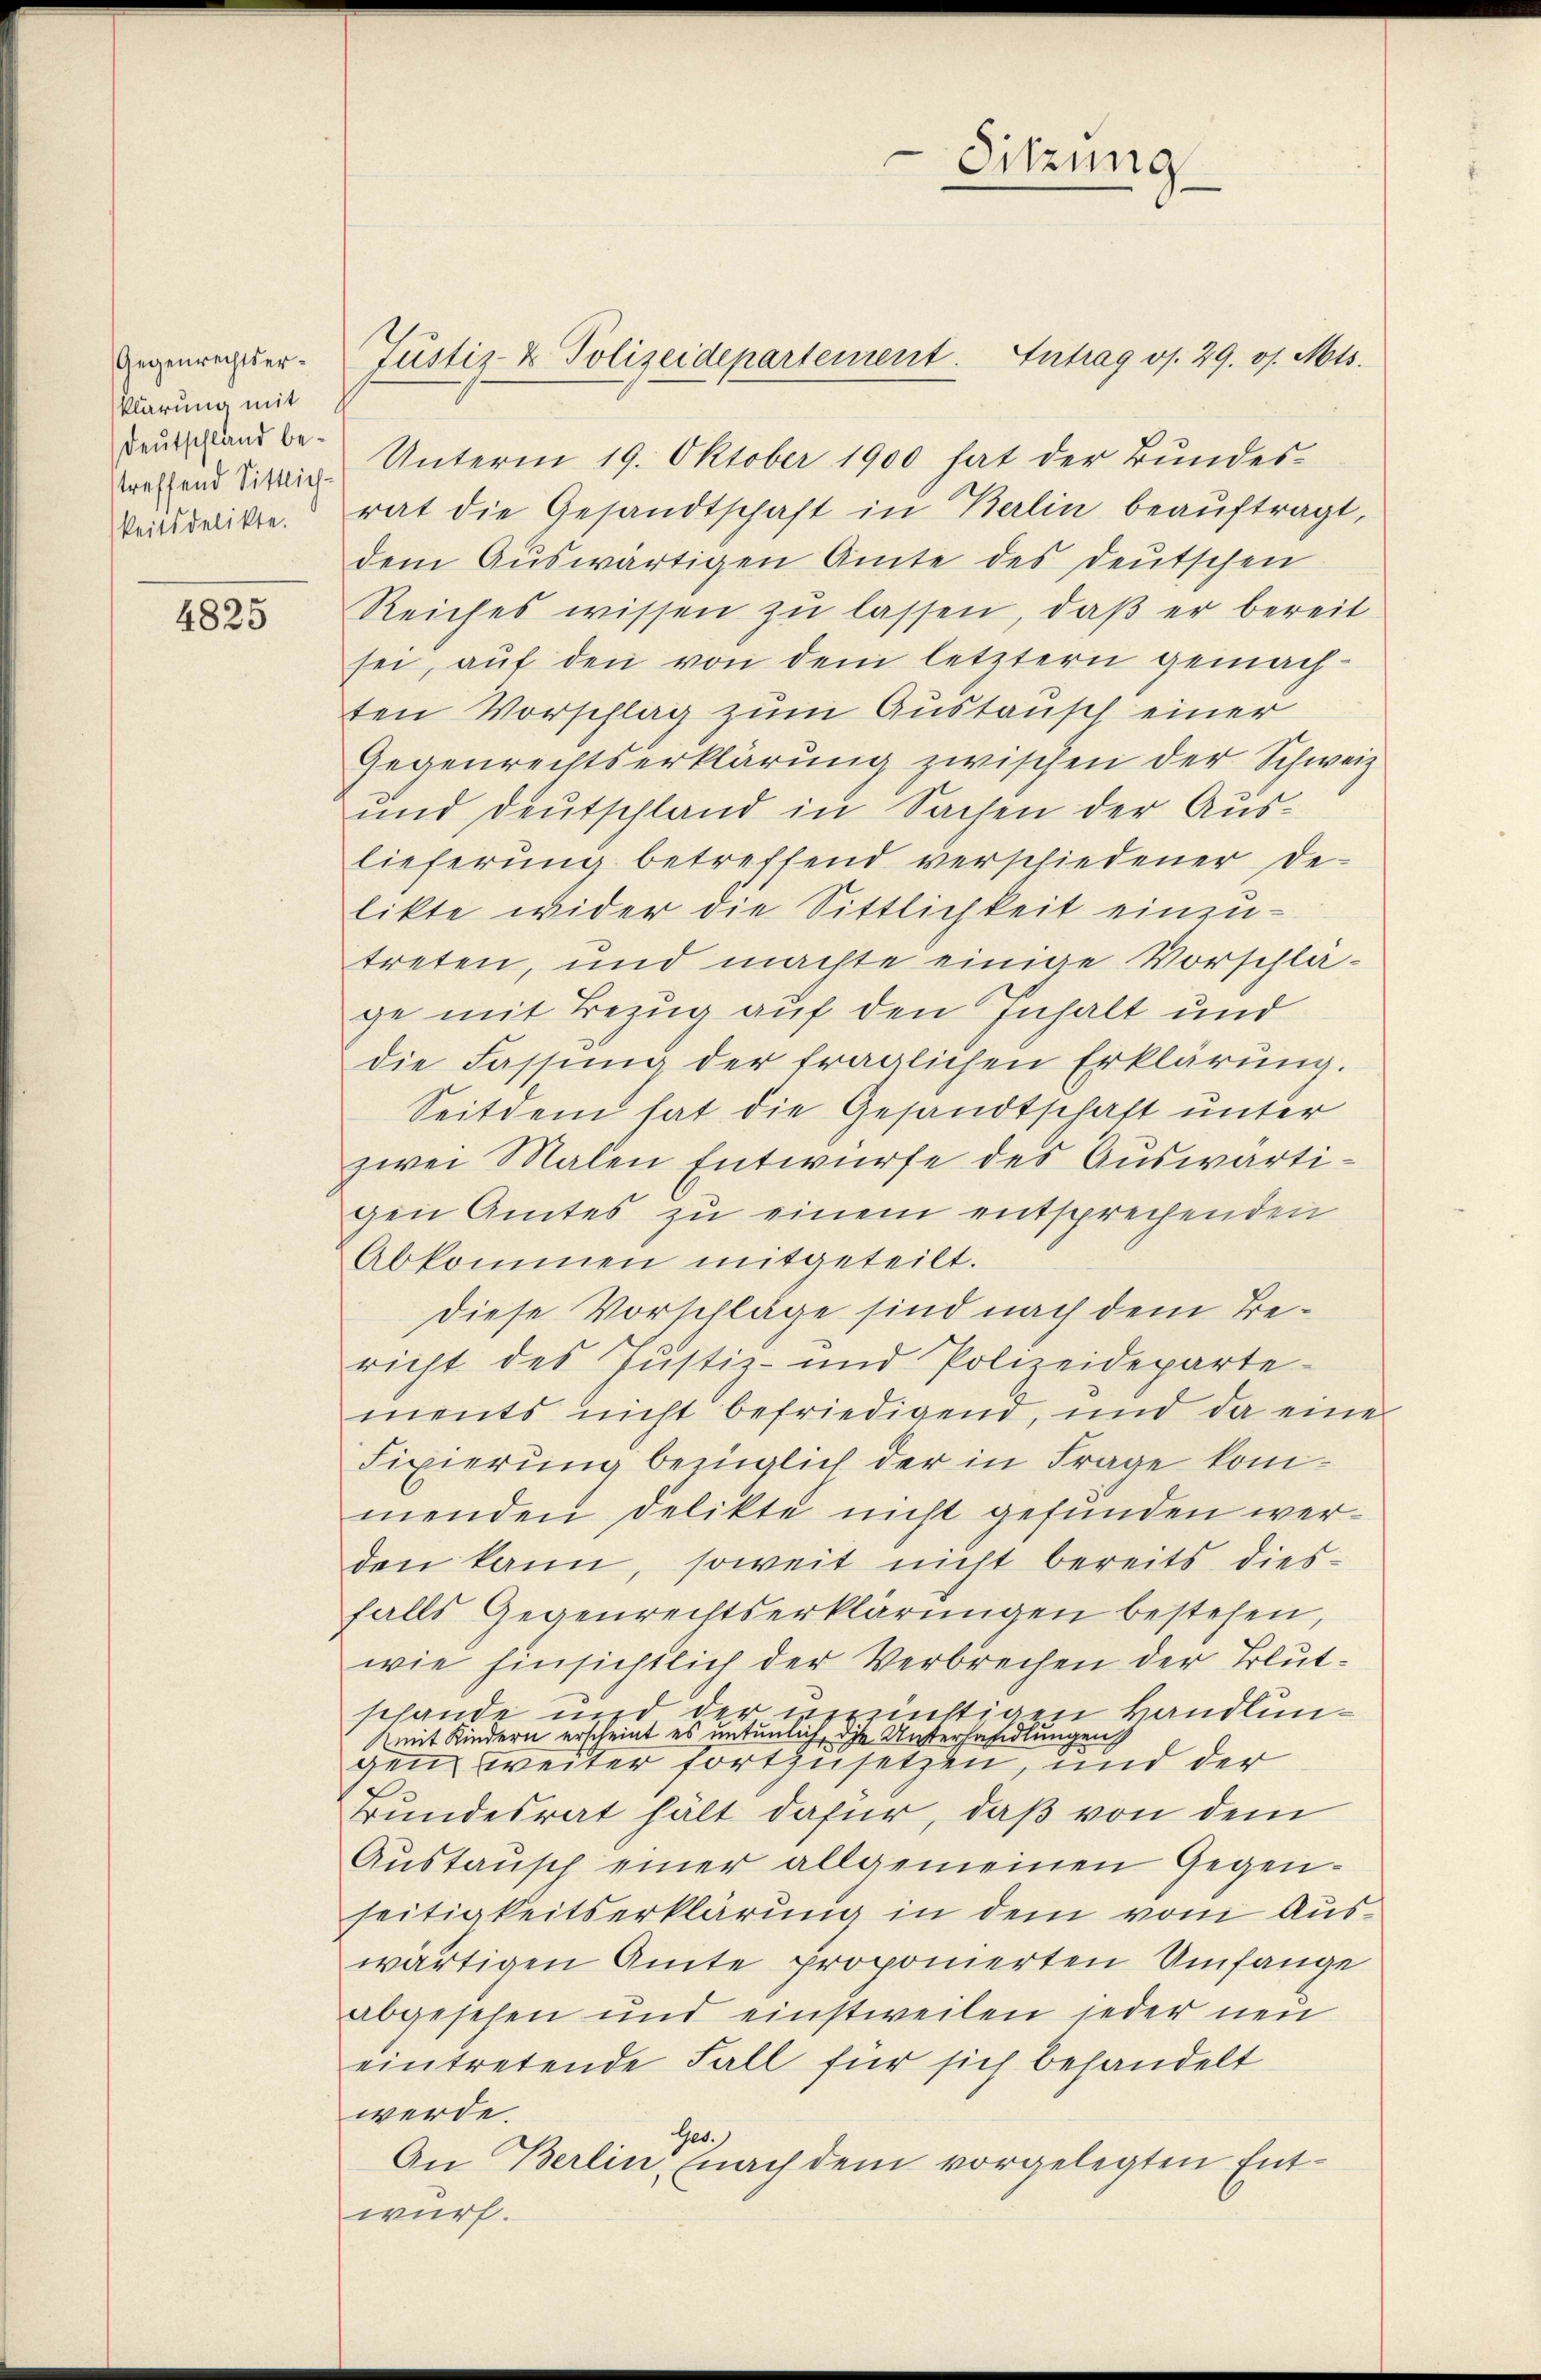
klärung mit
Deutschland bestreffend Sittlich-

4825

Unterm 19. Oktober 1900 hat der Bundes¬
Veindekte rat die Gesandtschaft in Berlin beauftragt,
dem Auswärtigen Amte des Deutschen
Reiches wissen zŭ lassen, daß er bereit
sei, auf den von dem letztern gemachten Vorschlag zum Austausch einer
Gegenrechtserklärung zwischen der Schweiz
und Deutschland in Sachen der Auslieferung betreffend verschiedener De-
likte wider die Sittlichkeit einzutreten, und machte einige Vorschlage mit Bezug auf den Inhalt und
die Fassŭng der fraglichen Erklärung.
Seitdem hat die Gesandtschaft unter
zwei Malen Entwürfe des Auswärtigen Amtes zu einem entsprechenden
Abkommen mitgeteilt.
Diese Vorschläge sind nach dem Bericht des Justiz- und Polizeideparte-
ments nicht befriedigend, und da eine
Fixierung bezüglich der in Frage kommenden Delikte nicht gefunden werden kann, soweit nicht bereits diesfalls Gegenrechtserklärungen bestehen,
wie hinsichtlich der Verbrechen der Blutschande und der verrichtigen Handlun¬
Amit Kindern erscheint es untenlich, die Unterhandlungen
gen weiter fortzusetzen, und der
Bundesrat hält dafür, daß von dem
Austausch einer allgemeinen Gegenseitigkeitserklärung in dem vom Auswärtigen Amte proponierten Umfange
abgesehen und einstweilen jeder neu
eintretende Fall für sich behandelt
werde.
es.
An Berlin (nach dem vorgelegten Entwurf.

nenrechter. Justiz- & Polizeidepartement. Antrag v. 29. v. Mts.

Sitzung